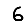
Digit: 6